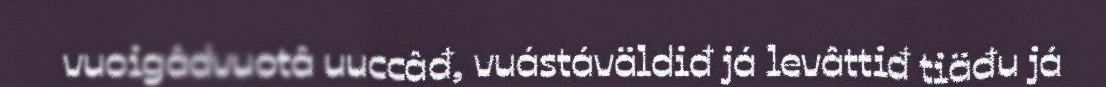
vuoigâdvuotâ uuccâđ, vuástáväldiđ já levâttiđ tiäđu já